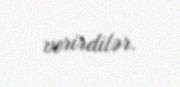
verirdilər.